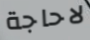
لاحاجة